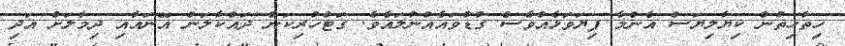
ހިތާހިތުން ކިޔާލިޔަސް އެންމެ ފިޔަވަޅެއްވެސް ގުޑުވައެއްނުލައެވެ. ގަޓްހުރިކަން ދައްކާލަން އޭނައާއި ދިމާލަށް އަދި